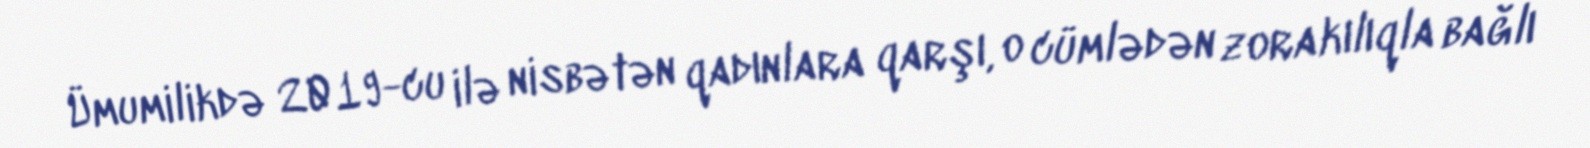
Ümumilikdə 2019-cu ilə nisbətən qadınlara qarşı, o cümlədən zorakılıqla bağlı